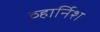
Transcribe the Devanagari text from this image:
व्हार्निश